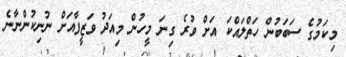
މިކަމުގެ ސަބަބުން ހަތްލައްކަ އަށް ވުރެ ގިނަ މީހުން މިއަދު ވަޒީފާއަށް ނުނިކުންނާނެ